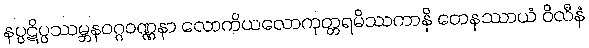
နပ္ပဋိပ္ပဿမ္ဘနဝဂ္ဂဝဏ္ဏနာ လောကိယလောကုတ္တရမိဿကာနိ တေနဿာယံ ဝိလီနံ